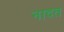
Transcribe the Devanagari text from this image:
नादत